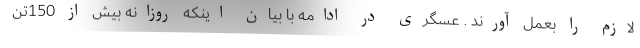
لازم را بعمل آورند . عسگری در ادامه با بیان اینکه روزانه بیش از 150تن